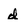
Character: d